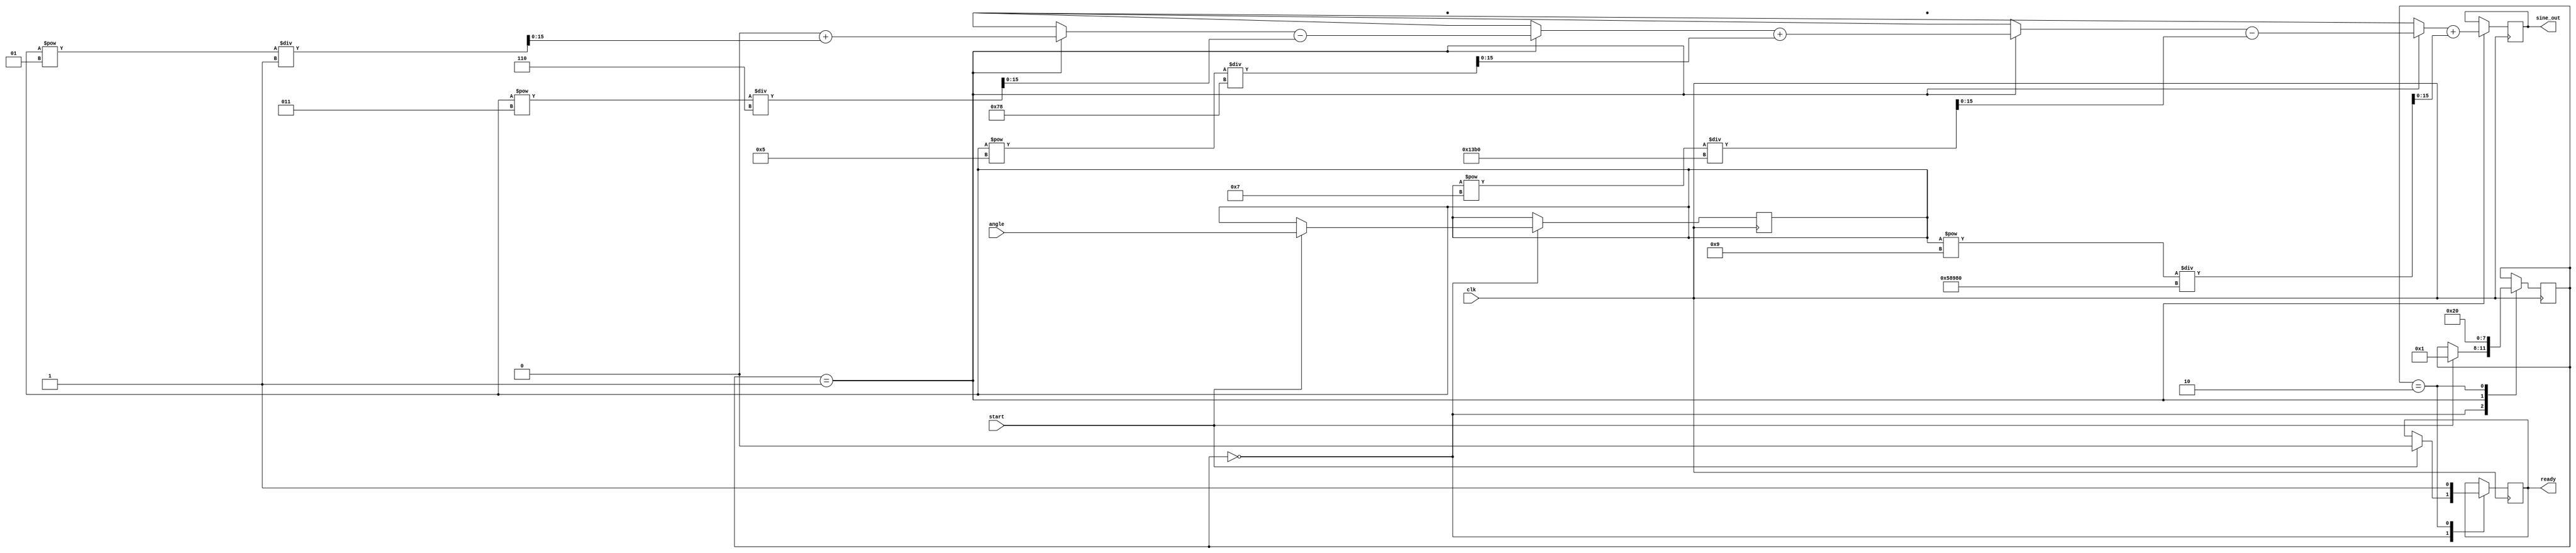
module sine_block (
    input wire [15:0] angle,   // Fixed-point input angle in radians (16 bits)
    input wire clk,            // Clock signal
    input wire start,          // Start signal for computation
    output reg [15:0] sine_out, // Fixed-point output for sine value (16 bits)
    output reg ready           // Ready signal when computation is done
);

    reg [15:0] x;              // Store the angle for computation
    reg [3:0] state;           // State variable for FSM
    parameter IDLE = 0, COMPUTE = 1, DONE = 2;

    // Factorial computation
    function [31:0] factorial;
        input [3:0] n;
        integer i;
        begin
            factorial = 1;
            for (i = 1; i <= n; i = i + 1) begin
                factorial = factorial * i;
            end
        end
    endfunction

    // Sine Taylor Series approximation
    function [15:0] sine_taylor;
        input [15:0] x;
        integer i;
        reg [31:0] term;
        begin
            sine_taylor = 0;
            for (i = 0; i < 5; i = i + 1) begin
                if (i % 2 == 0) begin
                    term = (x ** (2*i + 1)) / factorial(2*i + 1);
                    sine_taylor = sine_taylor + term[15:0];
                end else begin
                    term = (x ** (2*i + 1)) / factorial(2*i + 1);
                    sine_taylor = sine_taylor - term[15:0];
                end
            end
        end
    endfunction

    // State machine for computation
    always @(posedge clk) begin
        case (state)
            IDLE: begin
                if (start) begin
                    x <= angle; // Capture input angle
                    state <= COMPUTE;
                    ready <= 0;
                end
            end
            COMPUTE: begin
                sine_out <= sine_taylor(x); // Calculate sine
                state <= DONE;
            end
            DONE: begin
                ready <= 1; // Signal that computation is done
                state <= IDLE; // Go back to idle
            end
        endcase
    end

    // Initialize state on reset
    initial begin
        state = IDLE;
        sine_out = 0;
        ready = 0;
    end

endmodule